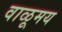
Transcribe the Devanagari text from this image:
वाळूमय